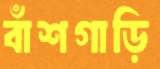
বাঁশগাড়ি